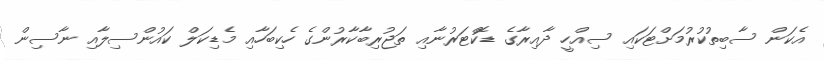
އެކަން ސާބިތުކުރުމަށްޓަކައި ސިއްހީ ދާއިރާގެ ޑޮކްޓަރުނާއި ތަޖުރިބާކާރުންގެ ހެކިބަހާއި މެޑިކަލް ކައުންސިލާއި ނާސިން